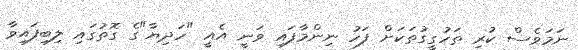
ނަމަވެސް ކުރި ތަހުގީގުތަކަށް ފަހު ނިންމާފައި ވަނީ އެއީ "ހަދިޔާ"ގެ ގޮތުގައި ލިބިފައިވާ